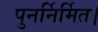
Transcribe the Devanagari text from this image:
पुनर्निर्मित।